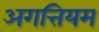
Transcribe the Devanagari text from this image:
अगत्तियम